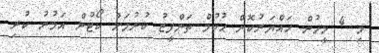
މި 4 މީހުން ހައްޔަރުކޮށް ޙުކުމް ތަންފީޒު ކުރުމަށް ކޯޓުން އަމުރު ކުރި